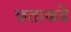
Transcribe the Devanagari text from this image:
छताकडे